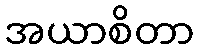
အယာစိတာ